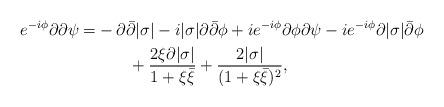
LaTeX: \begin{align*}e^{-i\phi}\partial\partial\psi=&-\partial\bar{\partial}|\sigma|-i|\sigma|\partial\bar{\partial}\phi+ie^{-i\phi}\partial\phi\partial\psi -ie^{-i\phi}\partial|\sigma|\bar{\partial}\phi\\ & \qquad+\frac{2\xi\partial|\sigma|}{1+\xi\bar{\xi}}+\frac{2|\sigma|}{(1+\xi\bar{\xi})^2},\end{align*}